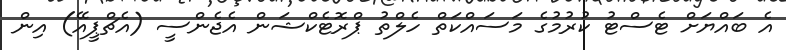
އެ ބައްޔަށް ޓެސްޓު ކުރުމުގެ މަސައްކަތް ހެލްތު ޕްރޮޓެކްޝަން އެޖެންސީ (އެޗްޕީއޭ) އިން